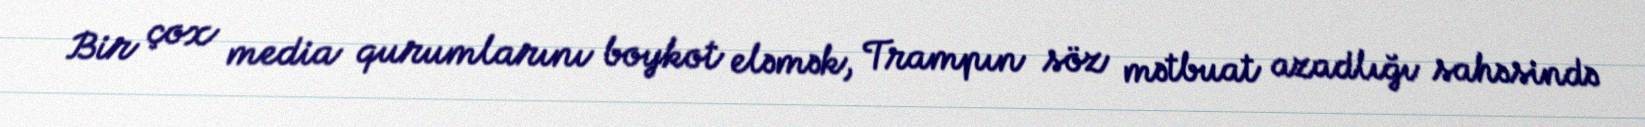
Bir çox media qurumlarını boykot eləmək, Trampın söz mətbuat azadlığı sahəsində